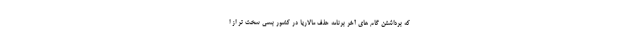
که برداشتن گام های آخر برنامه حذف مالاریا در کشور بسی سخت تر از ا